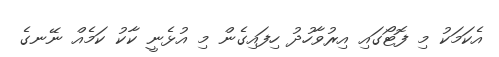
އެކަމަކު މި ފޮޓޯގައި އިރުވާހުދު ހިފައިގެން މި އުޅެނީ ކާކު ކަމެއް ނޭނގެ